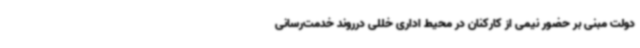
دولت مبنی بر حضور نیمی از کارکنان در محیط اداری خللی درروند خدمت‌رسانی